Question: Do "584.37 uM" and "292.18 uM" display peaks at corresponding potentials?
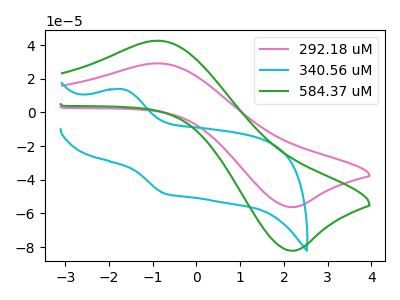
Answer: <think>The pink curve "292.18 uM" has an anodic peak at (-0.90V, 29.15uA) and a cathodic peak at (2.25V, -56.20uA). The cyan curve "340.56 uM" has an anodic peak at (-1.70V, 13.75uA) and a cathodic peak at (-0.75V, -48.05uA). The green curve "584.37 uM" has an anodic peak at (-0.90V, 42.65uA) and a cathodic peak at (2.25V, -82.15uA).</think>
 <answer>Yes, "584.37 uM" have a peak in "292.18 uM" at the same potential.</answer>
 <eval>match</eval>